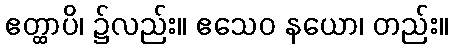
ဧတ္ထာပိ၊ ၌လည်း။ ဧသေဝ နယော၊ တည်း။